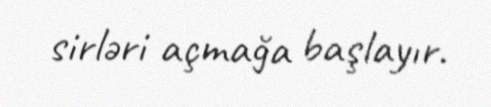
sirləri açmağa başlayır.